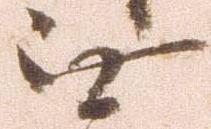
無